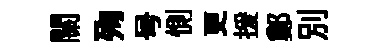
關殉号惻更援鄭別